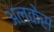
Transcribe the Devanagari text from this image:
अल्केस